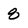
Character: 8